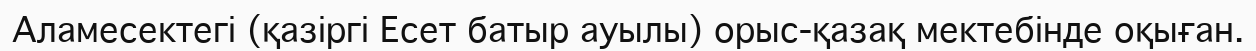
Аламесектегі (қазіргі Есет батыр ауылы) орыс-қазақ мектебінде оқыған.